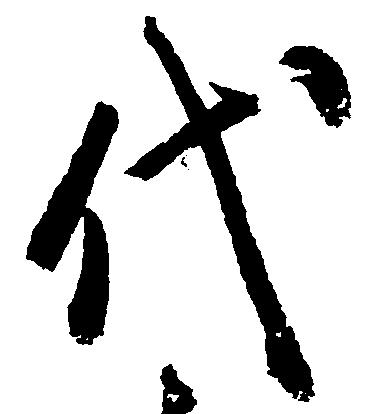
代